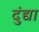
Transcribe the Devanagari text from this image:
दुंद्या